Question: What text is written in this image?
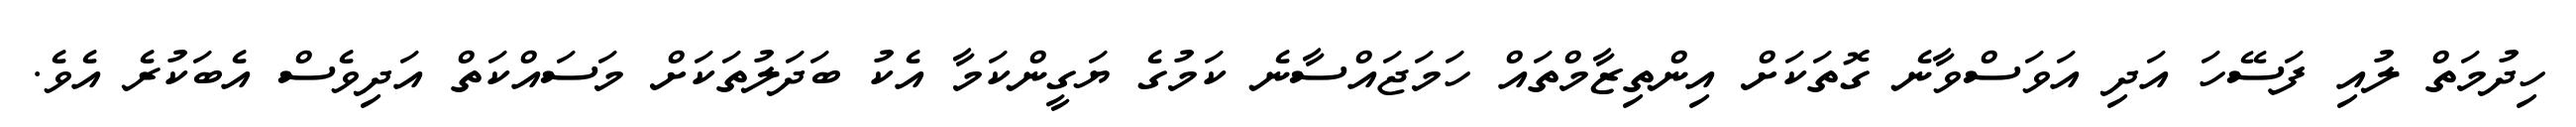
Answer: ހިދުމަތް ލުއި ފަސޭހަ އަދި އަވަސްވާނެ ގޮތަކަށް އިންތިޒާމްތައް ހަމަޖައްސާނެ ކަމުގެ ޔަގީންކަމާ އެކު ބަދަލުތަކަށް މަސައްކަތް އަދިވެސް އެބަކުރެ އެވެ.